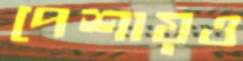
পেশায়ও